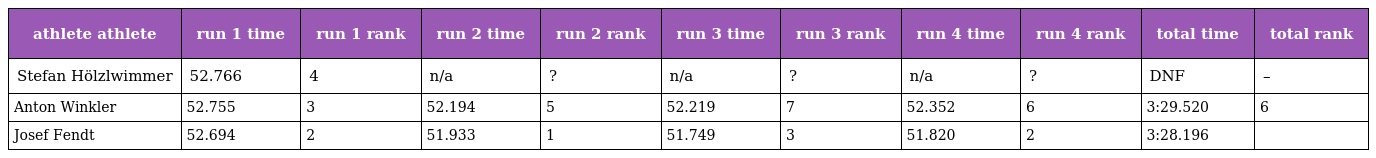
| athlete athlete | run 1 time | run 1 rank | run 2 time | run 2 rank | run 3 time | run 3 rank | run 4 time | run 4 rank | total time | total rank |
 | --- | --- | --- | --- | --- | --- | --- | --- | --- | --- | --- |
 | Stefan Hölzlwimmer | 52.766 | 4 | n/a | ? | n/a | ? | n/a | ? | DNF | – |
 | Anton Winkler | 52.755 | 3 | 52.194 | 5 | 52.219 | 7 | 52.352 | 6 | 3:29.520 | 6 |
 | Josef Fendt | 52.694 | 2 | 51.933 | 1 | 51.749 | 3 | 51.820 | 2 | 3:28.196 |  |